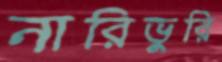
নারিভুরি